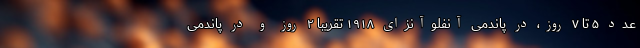
عدد ۵ تا ۷ روز، در پاندمی آنفلوآنزای ۱۹۱۸ تقریبا ۲ روز و در پاندمی